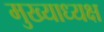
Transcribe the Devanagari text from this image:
मुख्याध्यक्ष